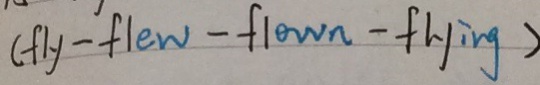
( f l y - f l e w - f l o w n - f l y i n g )